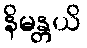
နိမန္တယိ